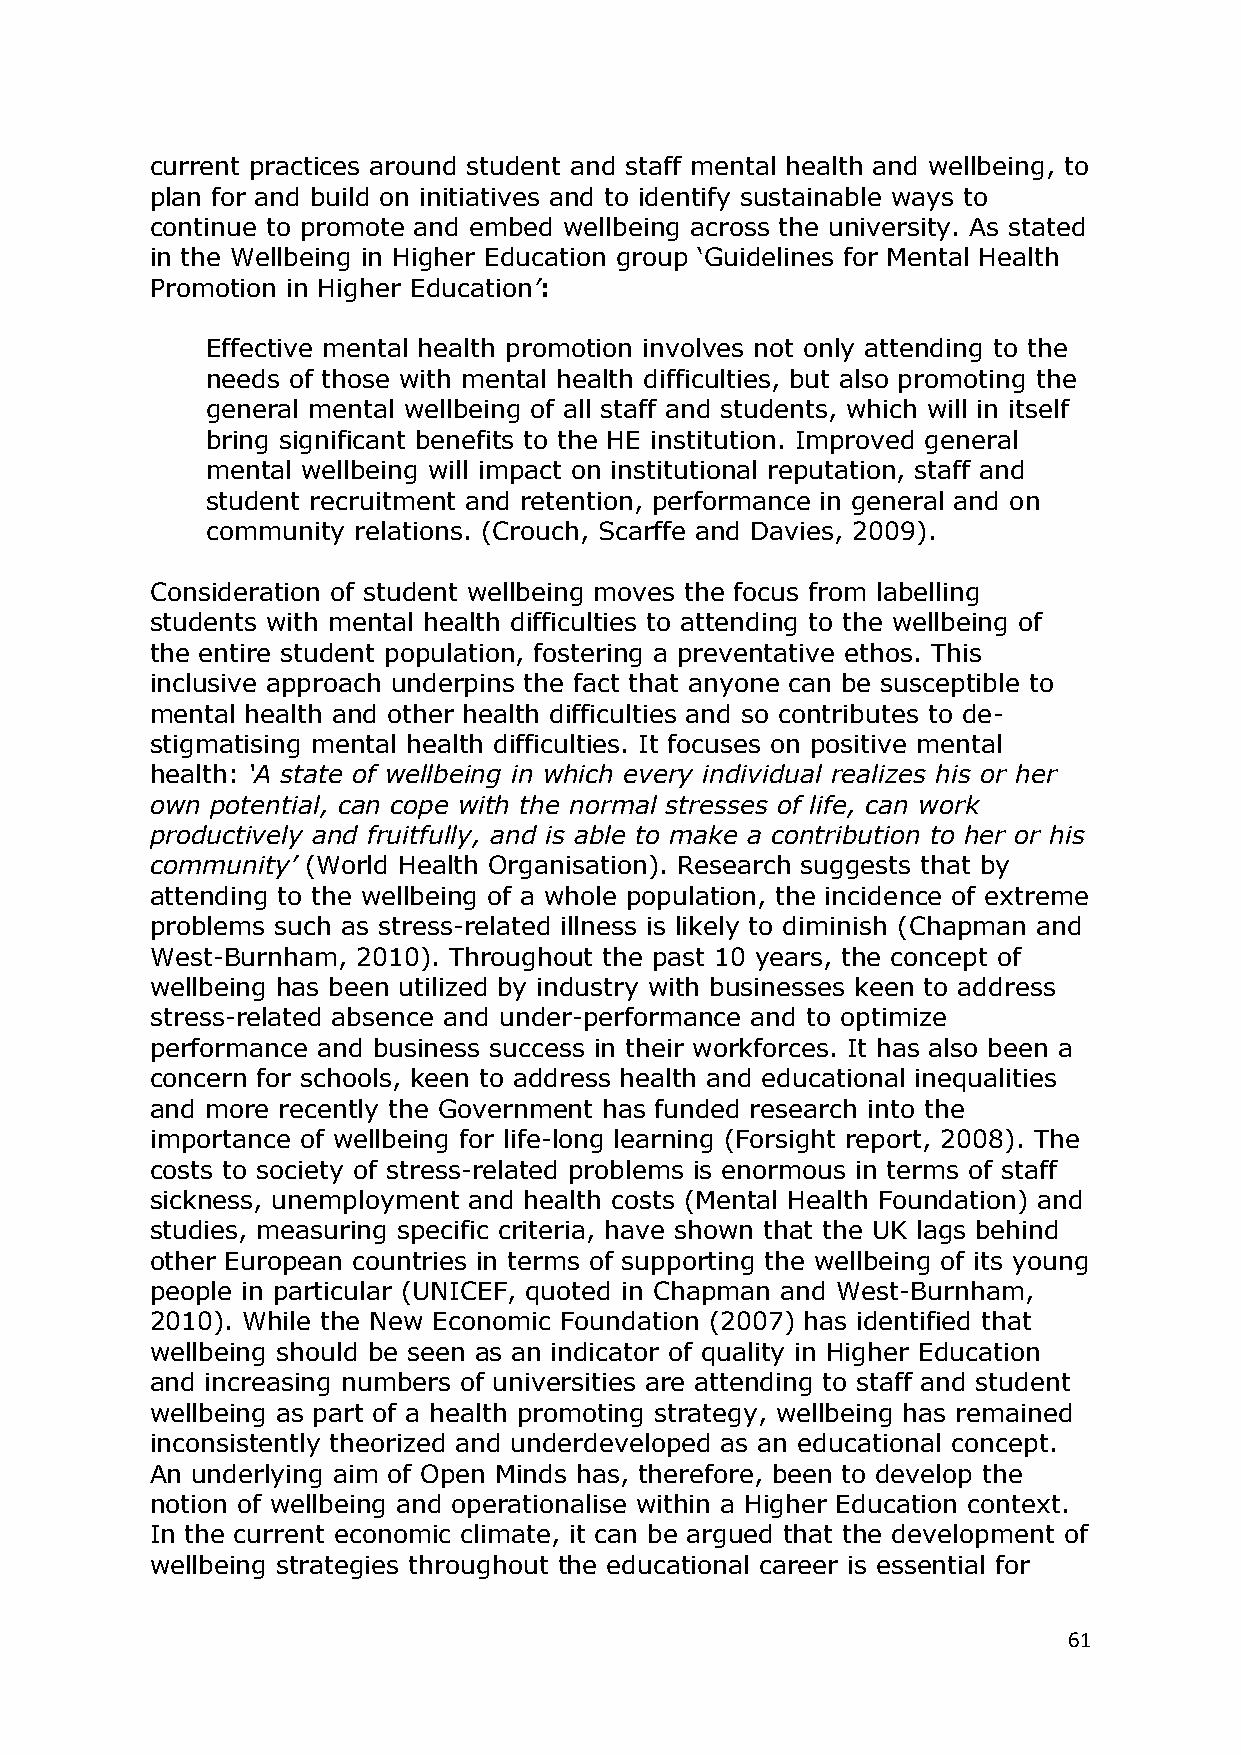
current practices around student and staff mental health and wellbeing, to
 plan for and build on initiatives and to identify sustainable ways to
 continue to promote and embed wellbeing across the university. As stated
 in the Wellbeing in Higher Education group ‗Guidelines for Mental Health
 Promotion in Higher Education‘:
 Effective mental health promotion involves not only attending to the
 needs of those with mental health difficulties, but also promoting the
 general mental wellbeing of all staff and students, which will in itself
 bring significant benefits to the HE institution. Improved general
 mental wellbeing will impact on institutional reputation, staff and
 student recruitment and retention, performance in general and on
 community relations. (Crouch, Scarffe and Davies, 2009).
 Consideration of student wellbeing moves the focus from labelling
 students with mental health difficulties to attending to the wellbeing of
 the entire student population, fostering a preventative ethos. This
 inclusive approach underpins the fact that anyone can be susceptible to
 mental health and other health difficulties and so contributes to de-
 stigmatising mental health difficulties. It focuses on positive mental
 health: ‗A state of wellbeing in which every individual realizes his or her
 own potential, can cope with the normal stresses of life, can work
 productively and fruitfully, and is able to make a contribution to her or his
 community‘ (World Health Organisation). Research suggests that by
 attending to the wellbeing of a whole population, the incidence of extreme
 problems such as stress-related illness is likely to diminish (Chapman and
 West-Burnham, 2010). Throughout the past 10 years, the concept of
 wellbeing has been utilized by industry with businesses keen to address
 stress-related absence and under-performance and to optimize
 performance and business success in their workforces. It has also been a
 concern for schools, keen to address health and educational inequalities
 and more recently the Government has funded research into the
 importance of wellbeing for life-long learning (Forsight report, 2008). The
 costs to society of stress-related problems is enormous in terms of staff
 sickness, unemployment and health costs (Mental Health Foundation) and
 studies, measuring specific criteria, have shown that the UK lags behind
 other European countries in terms of supporting the wellbeing of its young
 people in particular (UNICEF, quoted in Chapman and West-Burnham,
 2010). While the New Economic Foundation (2007) has identified that
 wellbeing should be seen as an indicator of quality in Higher Education
 and increasing numbers of universities are attending to staff and student
 wellbeing as part of a health promoting strategy, wellbeing has remained
 inconsistently theorized and underdeveloped as an educational concept.
 An underlying aim of Open Minds has, therefore, been to develop the
 notion of wellbeing and operationalise within a Higher Education context.
 In the current economic climate, it can be argued that the development of
 wellbeing strategies throughout the educational career is essential for
 61